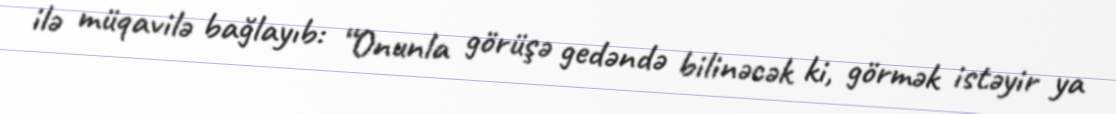
ilə müqavilə bağlayıb: “Onunla görüşə gedəndə bilinəcək ki, görmək istəyir ya